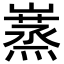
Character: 𡽮